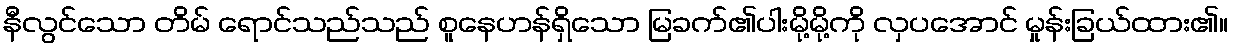
နီလွင်သော တိမ် ရောင်သည်သည် စူနေဟန်ရှိသော မြခက်၏ပါးမို့မို့ကို လှပအောင် မှုန်းခြယ်ထား၏။